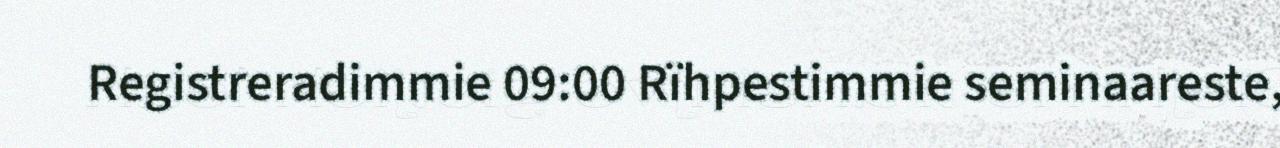
Registreradimmie 09:00 Rïhpestimmie seminaareste,